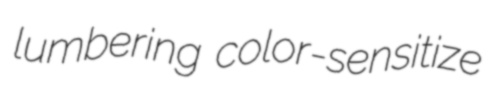
lumbering color-sensitize